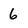
Character: 6